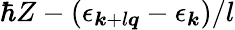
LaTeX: \hbar{Z}-(\epsilon_{\boldsymbol{k}+l\boldsymbol{q}}-\epsilon_{\boldsymbol{k}})/l